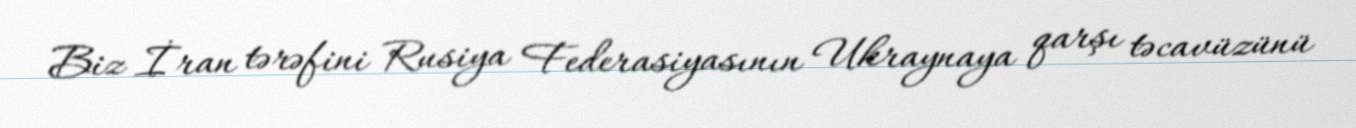
Biz İran tərəfini Rusiya Federasiyasının Ukraynaya qarşı təcavüzünü